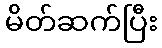
မိတ်ဆက်ပြီး